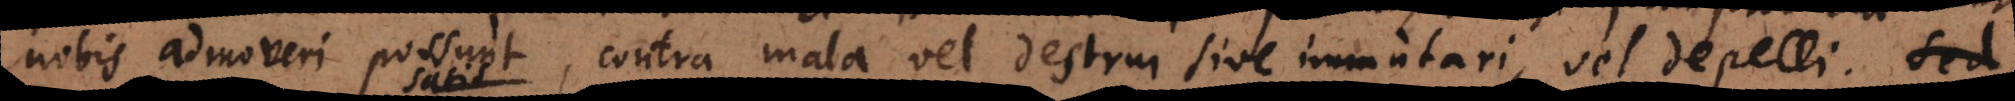
nobis admoveri possunt, contra mala vel destrui sive immutari, vel impelli depel